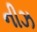
નીઝ